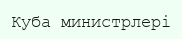
Куба министрлері